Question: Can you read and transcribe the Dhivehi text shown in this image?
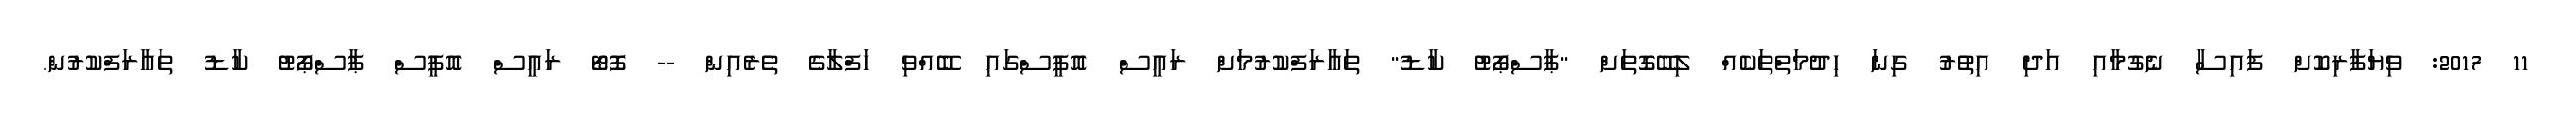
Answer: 11 2017: ވިޔަފާރިކޮށް ފައިސާ ނެގުމާއި އަދި އިތުރު ގިނަ ހިދުމަތްތަކެއް ލިބޭގޮތަށް "ޕާސްޕޯޓު ކާޑު" ތައާރަފްކުރުމަށް ރައީސް އޮފީސްގައި ބޭއްވި ހަފްލާގެ ތެރެއިން -- ފޮޓޯ ރައީސް އޮފީސް ޕާސްޕޯޓު ކާޑު ތައާރަފްކުރުން.